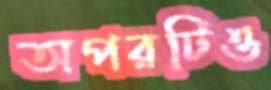
অপরটিও